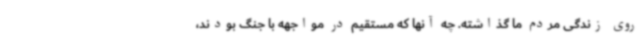
روی زندگی مردم ما گذاشته. چه آنها که مستقیم در مواجهه با جنگ بودند،